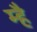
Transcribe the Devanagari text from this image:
म्है